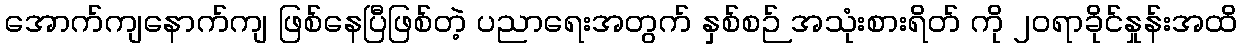
အောက်ကျနောက်ကျ ဖြစ်နေပြီဖြစ်တဲ့ ပညာရေးအတွက် နှစ်စဉ် အသုံးစားရိတ် ကို ၂၀ရာခိုင်နှုန်းအထိ